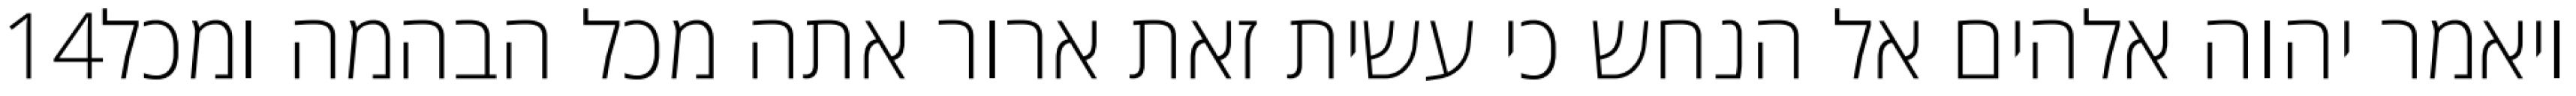
‎14‏ ויאמר יהוה אלהים אל הנחש כי עשית זאת ארור אתה מכל הבהמה ומכל